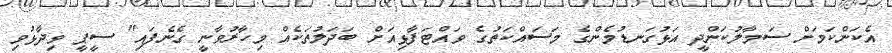
އެކަންކަމަށް ސަމާލުކަންދީ އަޅުގަނޑުމެންގެ މަސައްކަތުގެ ވައްޓަފާޅިއަށް ބަދަލުތަކެއް މިހާރުވާނީ ގެނެފައި" ސީޕީ ވިދާޅުވި